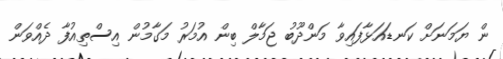
ން ޔަމަނަށް ކަނޑައަޅާފައިވާ މަންދޫބު ޖަމާލް ބިން އުމަރު މަގާމުން އިސްތިއުފާ ދެއްވަން